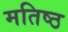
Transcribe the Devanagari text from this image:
मतिष्ठ